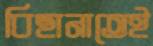
বিছানাতেই